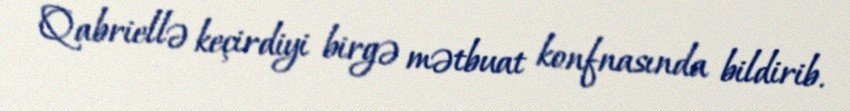
Qabriellə keçirdiyi birgə mətbuat konfnasında bildirib.